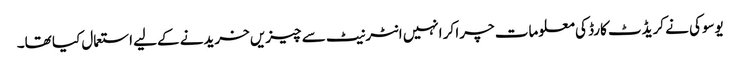
یوسوکی نے کریڈٹ کارڈ کی معلومات چرا کر انہیں انٹرنیٹ سے چیزیں خریدنے کےلیے استعمال کیا تھا۔